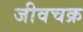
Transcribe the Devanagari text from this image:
जीवचक्र